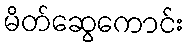
မိတ်ဆွေကောင်း